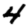
Digit: 4